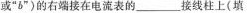
或”b”)的右端接在电流表的___接线柱上(填